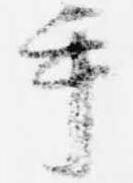
手